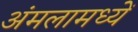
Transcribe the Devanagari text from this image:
अंमलामध्यें